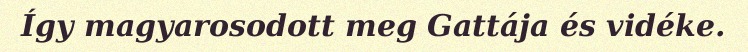
Így magyarosodott meg Gattája és vidéke.